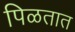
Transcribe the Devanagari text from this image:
पिळतात